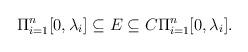
LaTeX: \begin{align*} \Pi_{i=1}^n [0, \lambda_i]\subseteq E\subseteq C \Pi_{i=1}^n [0, \lambda_i].\end{align*}